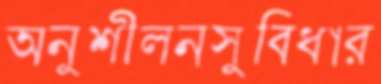
অনুশীলনসুবিধার